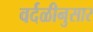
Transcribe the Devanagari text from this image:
वर्दळीनुसार